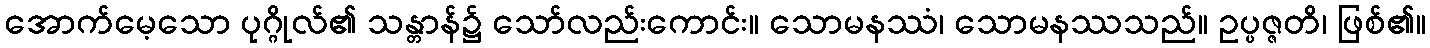
အောက်မေ့သော ပုဂ္ဂိုလ်၏ သန္တာန်၌ သော်လည်းကောင်း။ သောမနဿံ၊ သောမနဿသည်။ ဥပ္ပဇ္ဇတိ၊ ဖြစ်၏။